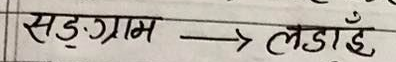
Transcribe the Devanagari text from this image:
सङ्ग्राम → लडाईँ